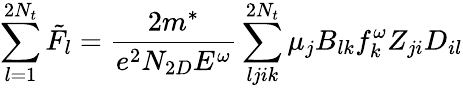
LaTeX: \sum_{l=1}^{2N_{t}}{{\tilde{F}}_{l}}=\frac{2m^{*}}{e^{2}N_{2D}E^{\omega}}\sum_{ljik}^{2N_{t}}{{\mu}_{j}B_{lk}f_{k}^{\omega}Z_{ji}D_{il}}